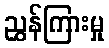
ညွှန်ကြားမှု